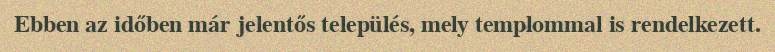
Ebben az időben már jelentős település, mely templommal is rendelkezett.